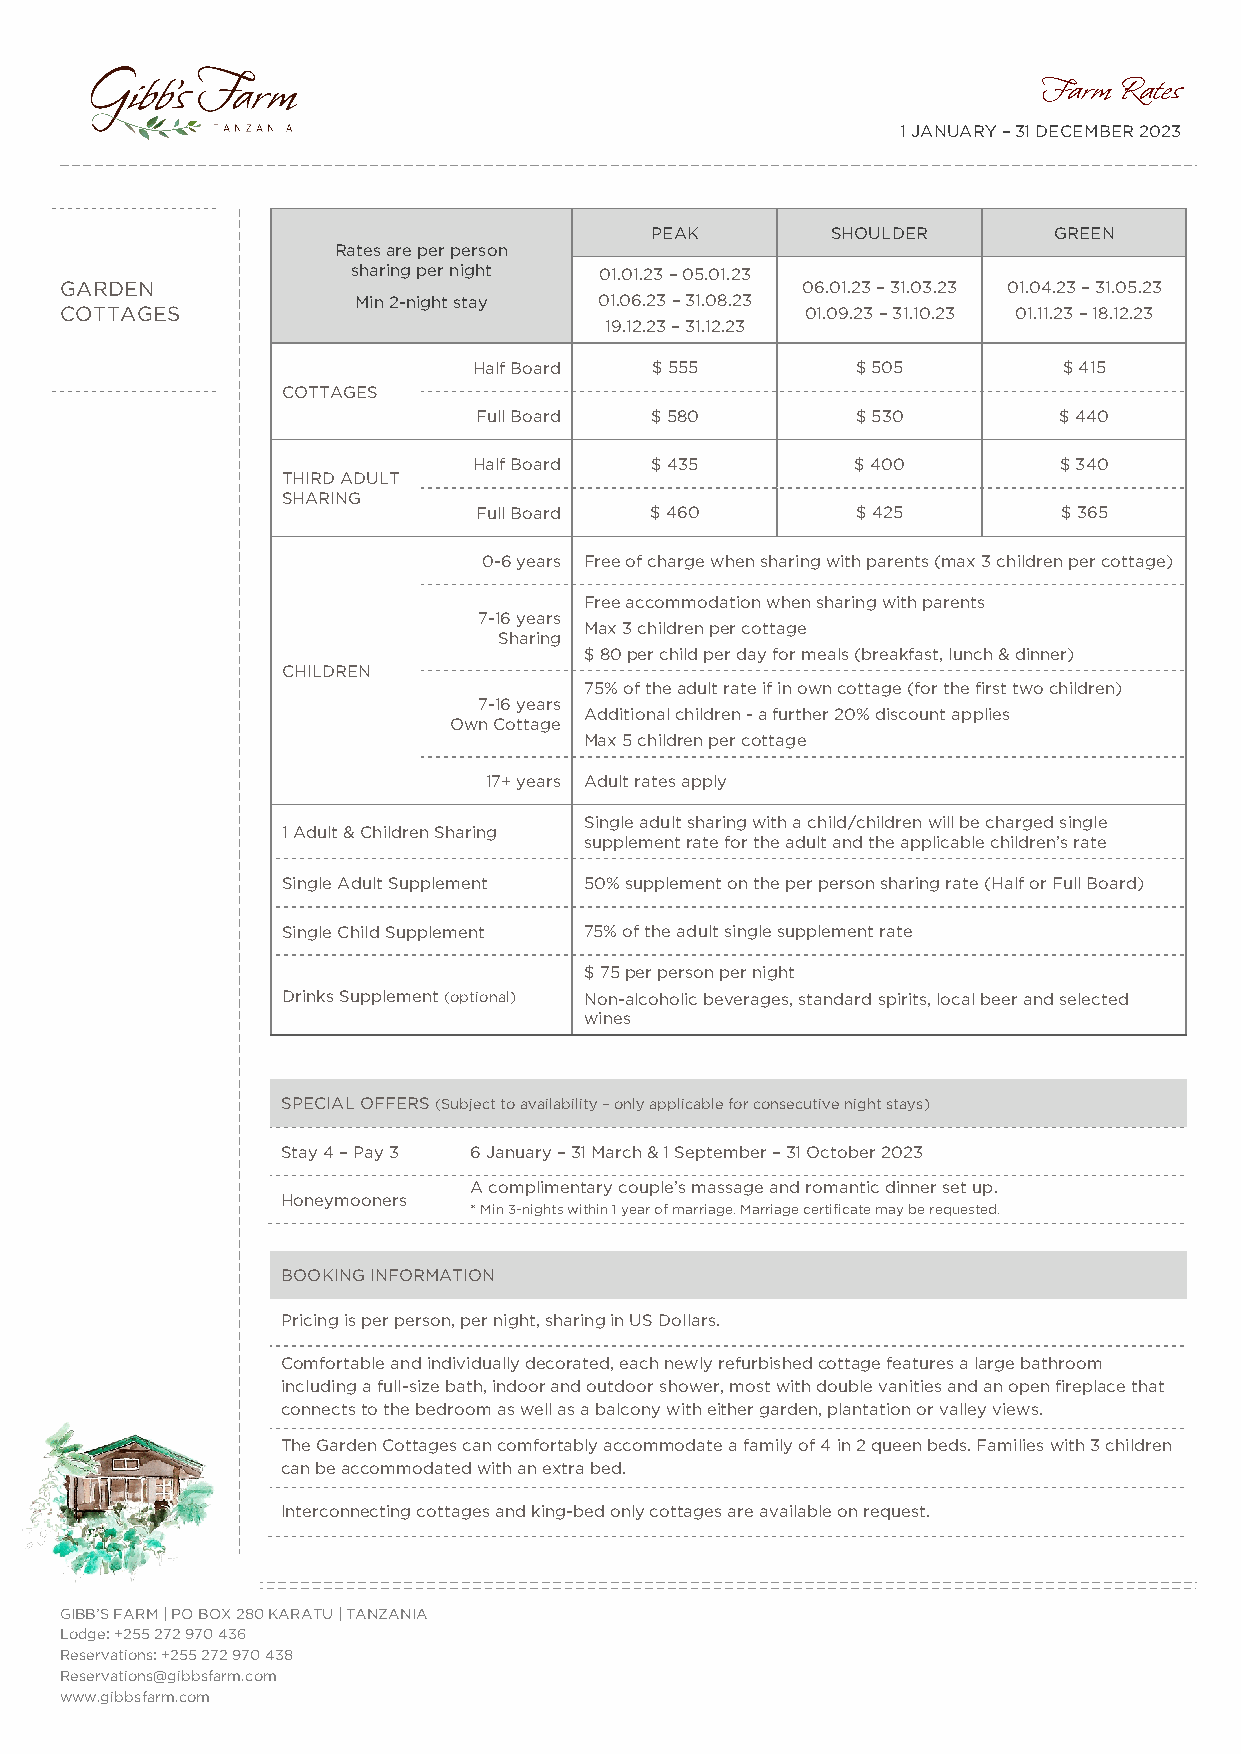
Farm Rates
 1 JANUARY – 31 DECEMBER 2023
 PEAK        SHOULDER       GREEN
 Rates are per person
 sharing per night 01.01.23 – 05.01.23
 GARDEN                                           06.01.23 – 31.03.23 01.04.23 – 31.05.23
 Min 2-night stay 01.06.23 – 31.08.23
 COTTAGES                                         01.09.23 – 31.10.23 01.11.23 – 18.12.23
 19.12.23 – 31.12.23
 Half Board  $ 555         $ 505        $ 415
 COTTAGES
 Full Board  $ 580         $ 530        $ 440
 Half Board  $ 435         $ 400        $ 340
 THIRD ADULT
 SHARING
 Full Board  $ 460         $ 425        $ 365
 0-6 years Free of charge when sharing with parents (max 3 children per cottage)
 Free accommodation when sharing with parents
 7-16 years
 Max 3 children per cottage
 Sharing
 $ 80 per child per day for meals (breakfast, lunch & dinner)
 CHILDREN
 75% of the adult rate if in own cottage (for the first two children)
 7-16 years
 Additional children - a further 20% discount applies
 Own Cottage
 Max 5 children per cottage
 17+ years Adult rates apply
 Single adult sharing with a child/children will be charged single
 1 Adult & Children Sharing
 supplement rate for the adult and the applicable children’s rate
 Single Adult Supplement 50% supplement on the per person sharing rate (Half or Full Board)
 Single Child Supplement 75% of the adult single supplement rate
 $ 75 per person per night
 Drinks Supplement (optional) Non-alcoholic beverages, standard spirits, local beer and selected
 wines
 SPECIAL OFFERS (Subject to availability – only applicable for consecutive night stays)
 Stay 4 – Pay 3 6 January – 31 March & 1 September – 31 October 2023
 A complimentary couple’s massage and romantic dinner set up.
 Honeymooners
 * Min 3-nights within 1 year of marriage. Marriage certificate may be requested.
 BOOKING INFORMATION
 Pricing is per person, per night, sharing in US Dollars.
 Comfortable and individually decorated, each newly refurbished cottage features a large bathroom
 including a full-size bath, indoor and outdoor shower, most with double vanities and an open fireplace that
 connects to the bedroom as well as a balcony with either garden, plantation or valley views.
 The Garden Cottages can comfortably accommodate a family of 4 in 2 queen beds. Families with 3 children
 can be accommodated with an extra bed.
 Interconnecting cottages and king-bed only cottages are available on request.
 GIBB’S FARM | PO BOX 280 KARATU | TANZANIA
 Lodge: +255 272 970 436
 Reservations: +255 272 970 438
 Reservations@gibbsfarm.com
 www.gibbsfarm.com